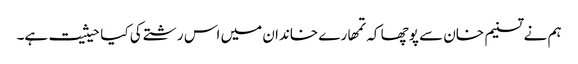
ہم نے تسنیم خان سے پوچھا کہ تمھارے خاندان میں اس رشتے کی کیا حیثیت ہے۔